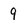
Character: 9